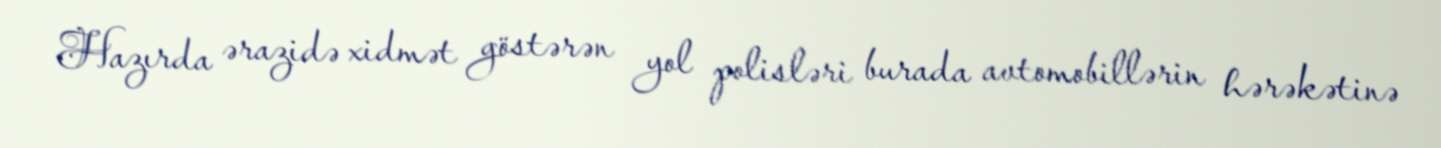
Hazırda ərazidə xidmət göstərən yol polisləri burada avtomobillərin hərəkətinə